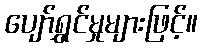
ပျော်ရွှင်မှုများဖြင့်။